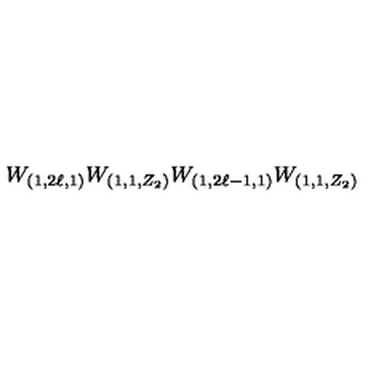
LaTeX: W _ { ( 1 , 2 \ell , 1 ) } W _ { ( 1 , 1 , Z _ { 2 } ) } W _ { ( 1 , 2 \ell - 1 , 1 ) } W _ { ( 1 , 1 , Z _ { 2 } ) }